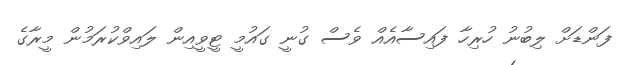
ފަންޑަށް ލިބުނު ހުރިހާ ފައިސާއެއް ވެސް ގުނީ ގައުމީ ޓީވީއިން ލައިވްކުރަމުން މީރާގެ